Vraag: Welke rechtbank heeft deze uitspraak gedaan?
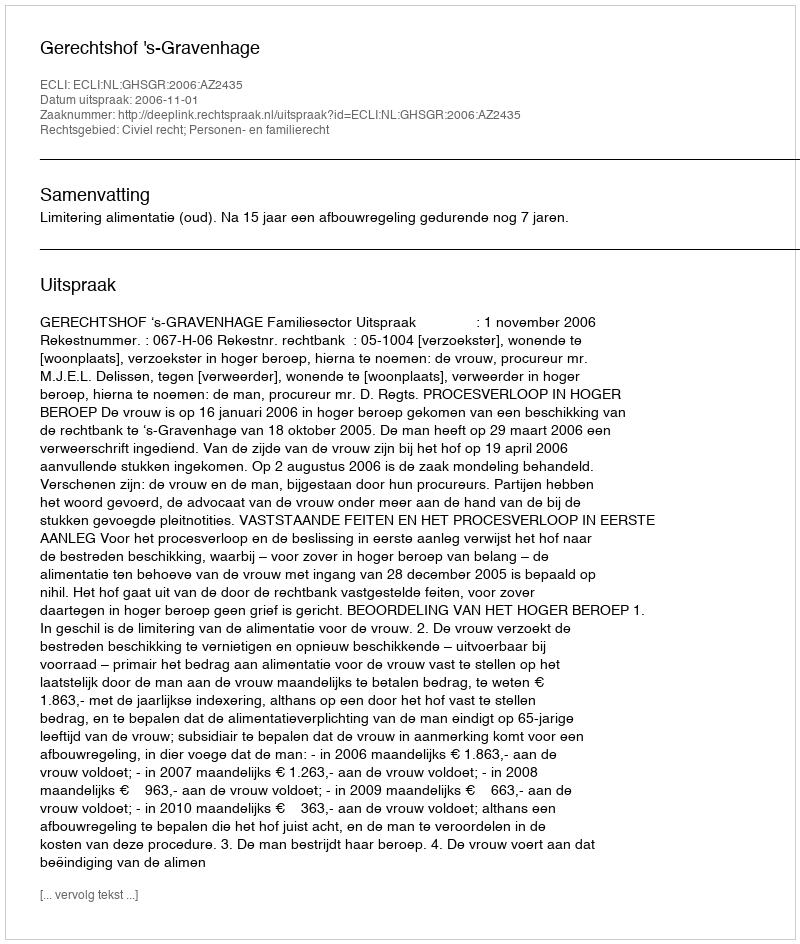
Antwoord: Gerechtshof 's-Gravenhage